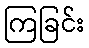
ကြခြင်း